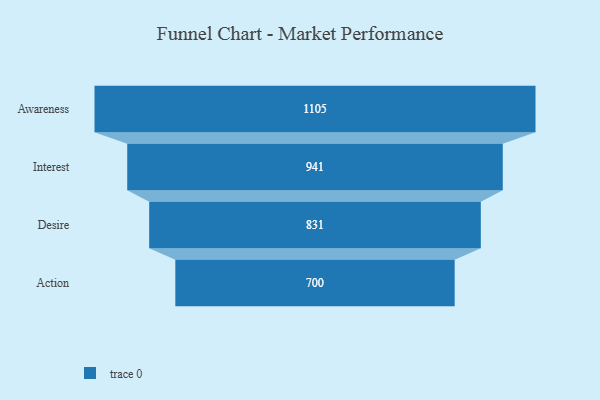
{"axis": {"x": "Stage", "y": "Value"}, "legend": [""], "data": [{"x": "Awareness", "y": 1105.0, "type": ""}, {"x": "Interest", "y": 941.0, "type": ""}, {"x": "Desire", "y": 831.0, "type": ""}, {"x": "Action", "y": 700.0, "type": ""}]}